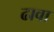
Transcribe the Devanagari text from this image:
ढावा